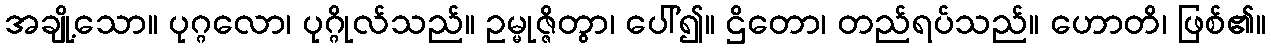
အချို့သော။ ပုဂ္ဂလော၊ ပုဂ္ဂိုလ်သည်။ ဥမ္မုဇ္ဇိတွာ၊ ပေါ်၍။ ဌိတော၊ တည်ရပ်သည်။ ဟောတိ၊ ဖြစ်၏။